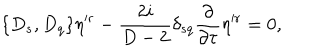
\{ D _ { s } , D _ { q } \} \eta ^ { \prime r } - { \frac { 2 i } { D - 2 } } \delta _ { s q } { \frac { \partial } { \partial { \tau } } } \eta ^ { \prime r } = 0 ,